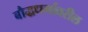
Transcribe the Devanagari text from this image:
बौद्धधर्मावरील